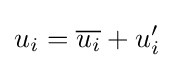
u_{i}={\overline {u_{i}}}+u'_{i}